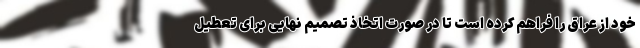
خود از عراق را فراهم کرده است تا در صورت اتخاذ تصمیم نهایی برای تعطیل